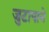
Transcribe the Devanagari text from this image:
जुटापाने